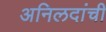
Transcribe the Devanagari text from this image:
अनिलदांची